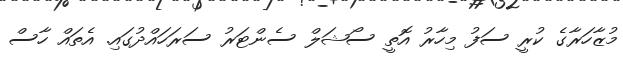
މުޒާހަރާގެ ކުރީ ސަފު މިހާރު އޮތީ ސޯޝަލް ސެންޓަރު ސަރަހައްދުގައި. އެތައް ހާސް